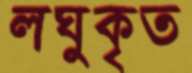
লঘুকৃত